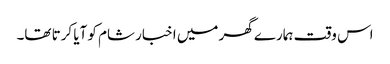
اس وقت ہمارے گھر میں اخبار شام کو آیا کرتا تھا۔